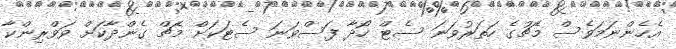
އެހެންނަމަވެސް މެޗުގެ ހަތަރުވަނަ ސެޓް ހޯދާ ފަސްވަނަ ސެޓަކަށް މެޗް ގެންދާކަށް ވަވްރިންކާ